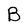
Character: B